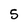
Character: 5